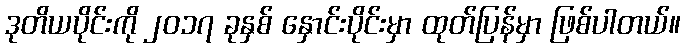
ဒုတိယပိုင်းကို ၂၀၁၇ ခုနှစ် နှောင်းပိုင်းမှာ ထုတ်ပြန်မှာ ဖြစ်ပါတယ်။